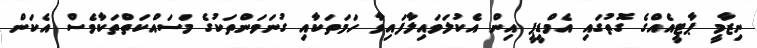
ނިޒާމީ ޕާޓީއެއްގެ ގޮތުގައި އެމްޑީޕީ އިން އެކުލަވައިލާފައިވާ ހަމަތަކާއި ގުނަވަންތަކުގެ މަސައްކަތްތަކާވެސް އެކަން